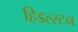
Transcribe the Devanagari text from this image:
हिडल्स्टन